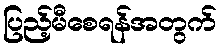
ပြည့်မီစေရန်အတွက်